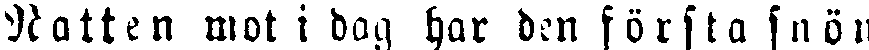
Natten mot i dag har den första snön